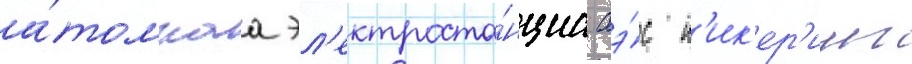
а́томнаа эл'ектроста́нциа аэ́с п'ик'ер'инг